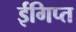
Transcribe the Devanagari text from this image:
ईगिप्त